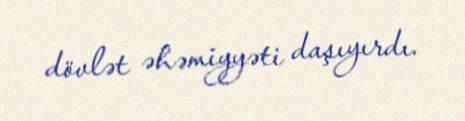
dövlət əhəmiyyəti daşıyırdı.